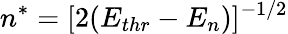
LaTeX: n^{*}=[2(E_{thr}-E_{n})]^{-1/2}